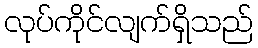
လုပ်ကိုင်လျက်ရှိသည်